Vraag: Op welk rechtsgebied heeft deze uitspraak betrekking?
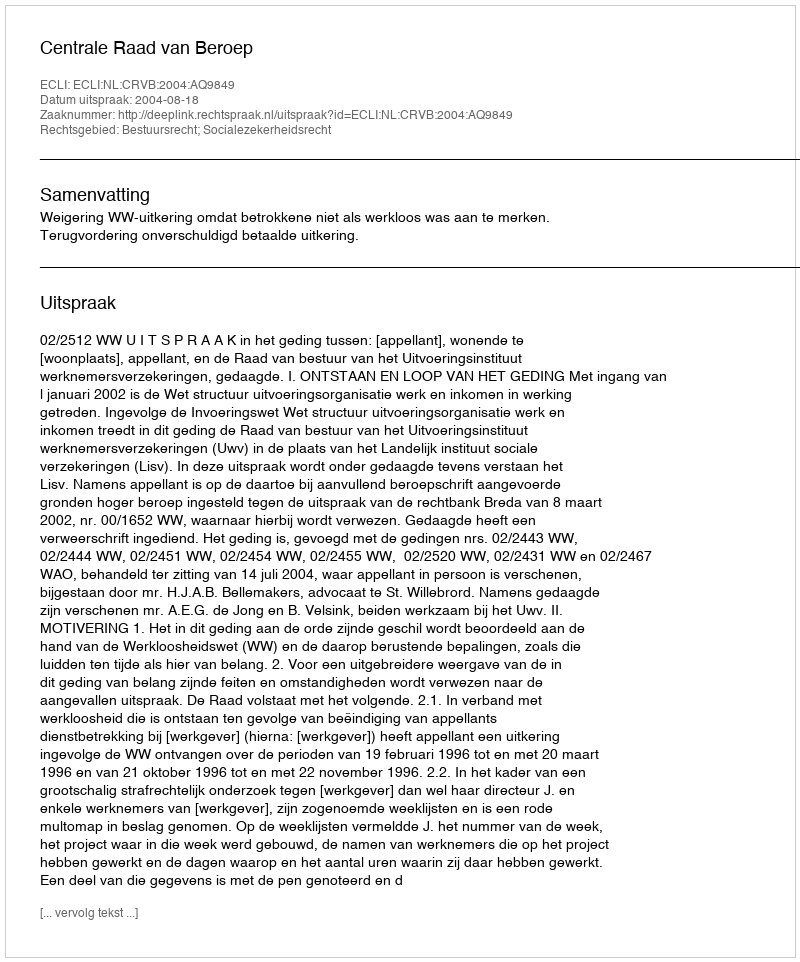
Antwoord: Bestuursrecht; Socialezekerheidsrecht